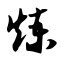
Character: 炼